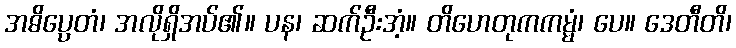
အဓိပ္ပေတံ၊ အလိုရှိအပ်၏။ ပန၊ ဆက်ဦးအံ့။ တိဟေတုကကမ္မံ၊ ပေ။ ဒေတီတိ၊